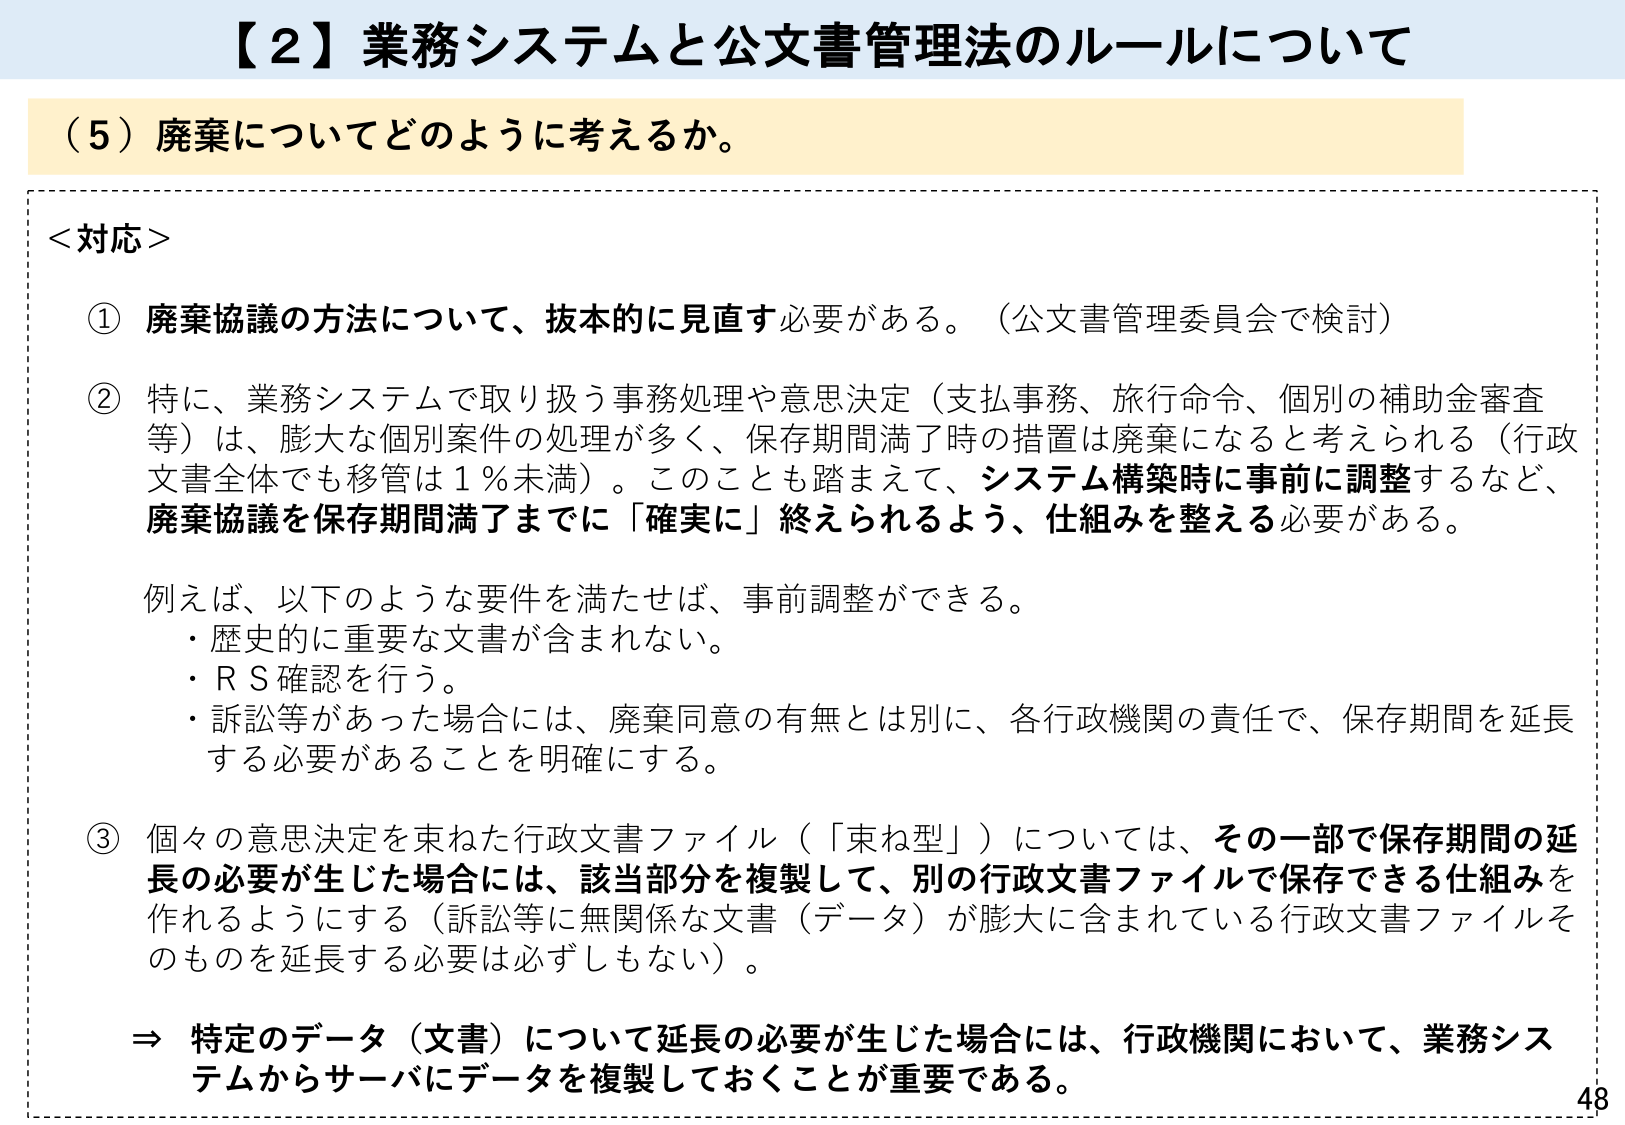
【２】業務システムと公文書管理法のルールについて

（５）廃棄についてどのように考えるか。

＜対応＞

① 廃棄協議の方法について、抜本的に見直す必要がある。（公文書管理委員会で検討）

② 特に、業務システムで取り扱う事務処理や意思決定（支払事務、旅行命令、個別の補助金審査等）は、膨大な個別案件の処理が多く、保存期間満了時の措置は廃棄になると考えられる（行政文書全体でも移管は１％未満）。このことも踏まえて、システム構築時に事前に調整するなど、廃棄協議を保存期間満了までに「確実に」終えられるよう、仕組みを整える必要がある。

　例えば、以下のような要件を満たせば、事前調整ができる。
　・歴史的に重要な文書が含まれない。
　・ＲＳ確認を行う。
　・訴訟等があった場合には、廃棄同意の有無とは別に、各行政機関の責任で、保存期間を延長する必要があることを明確にする。

③ 個々の意思決定を束ねた行政文書ファイル（「束ね型」）については、その一部で保存期間の延長の必要が生じた場合には、該当部分を複製して、別の行政文書ファイルで保存できる仕組みを作れるようにする（訴訟等に無関係な文書（データ）が膨大に含まれている行政文書ファイルそのものを延長する必要は必ずしもない）。

　⇒ 特定のデータ（文書）について延長の必要が生じた場合には、行政機関において、業務システムからサーバにデータを複製しておくことが重要である。

48